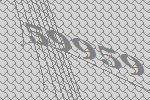
59959